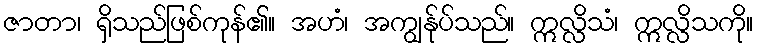
ဇာတာ၊ ရှိသည်ဖြစ်ကုန်၏။ အဟံ၊ အကျွန်ုပ်သည်။ ဣလ္လိသံ၊ ဣလ္လိသကို။